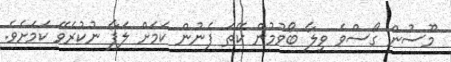
މޫސުން ގޯސްވެ ވިލާ ބޯވުމުން ކޭތަ ފެނުން ކަމަށް ލަފާ ނުކުރެވޭ ކަމަށެވެ.